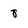
Character: 8